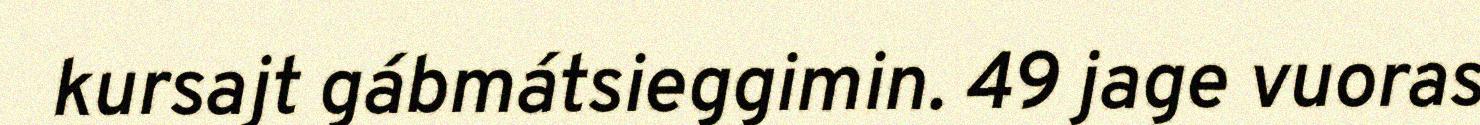
kursajt gábmátsieggimin. 49 jage vuoras